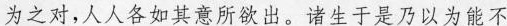
为之对，人人各如其意所欲出。诸生于是乃以为能不